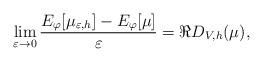
LaTeX: \begin{align*} \lim_{\varepsilon \to 0 } \frac{E_\varphi[\mu_{\varepsilon,h}]-E_\varphi[\mu]}{\varepsilon} = \Re D_{V,h}(\mu), \end{align*}